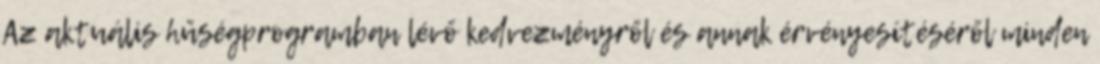
Az aktuális hűségprogramban lévő kedvezményről és annak érvényesítéséről minden